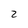
Character: 2